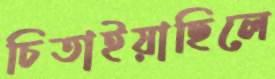
চিতাইয়াছিলে